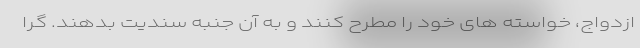
ازدواج، خواسته های خود را مطرح کنند و به آن جنبه سندیت بدهند. گرا